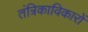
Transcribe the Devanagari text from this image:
तंत्रिकाविकारों